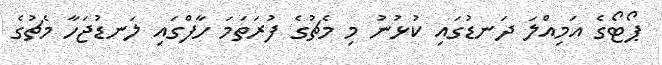
ޕޯޓޯގެ އަމިއްލަ ދަނޑުގައި ކުޅުނު މި މެޗުގެ ފުރަތަމަ ހާފްގައި ލަނޑުޖަހާ މެޗުގެ